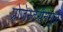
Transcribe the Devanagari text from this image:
प्रोजेस्टेरॉनमूळे